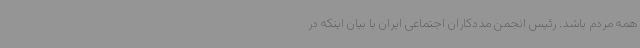
همه مردم باشد. رئیس انجمن مددکاران اجتماعی ایران با بیان اینکه در